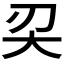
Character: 𠛇